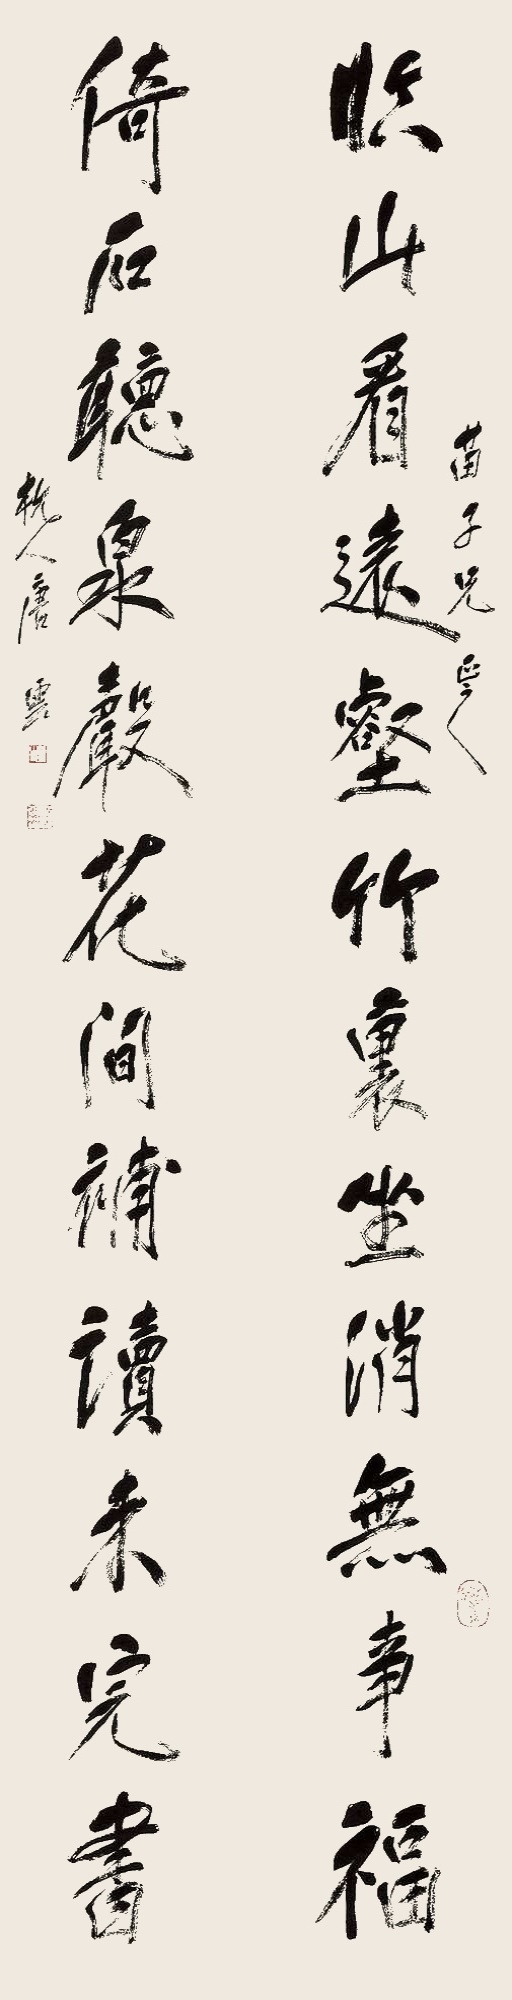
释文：临山看远壑竹里坐消无事福，倚石听泉声花间补读未完书。苗子兄正之，杭人唐云。